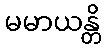
မမာယန္တိ